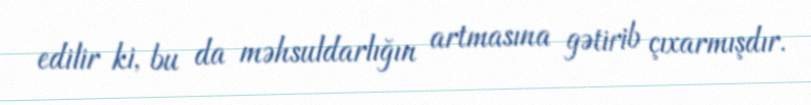
edilir ki, bu da məhsuldarlığın artmasına gətirib çıxarmışdır.